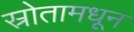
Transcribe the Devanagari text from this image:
स्रोतामधून